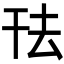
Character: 𭘿